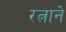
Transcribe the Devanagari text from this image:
रत्नाने